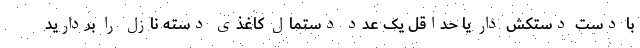
با دست دستکش دار یا حداقل یک عدد دستمال کاغذی دسته نازل را بردارید